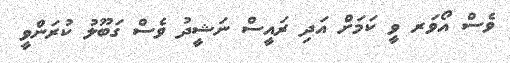
ވެސް އޯވަރ ވީ ކަމަށް އަދި ރައީސް ނަޝީދު ވެސް ގަބޫލު ކުރަންވީ